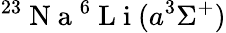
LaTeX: ^{23}\mathrm{~N~a~}^{6}\mathrm{~L~i~}(a^{3}\Sigma^{+})